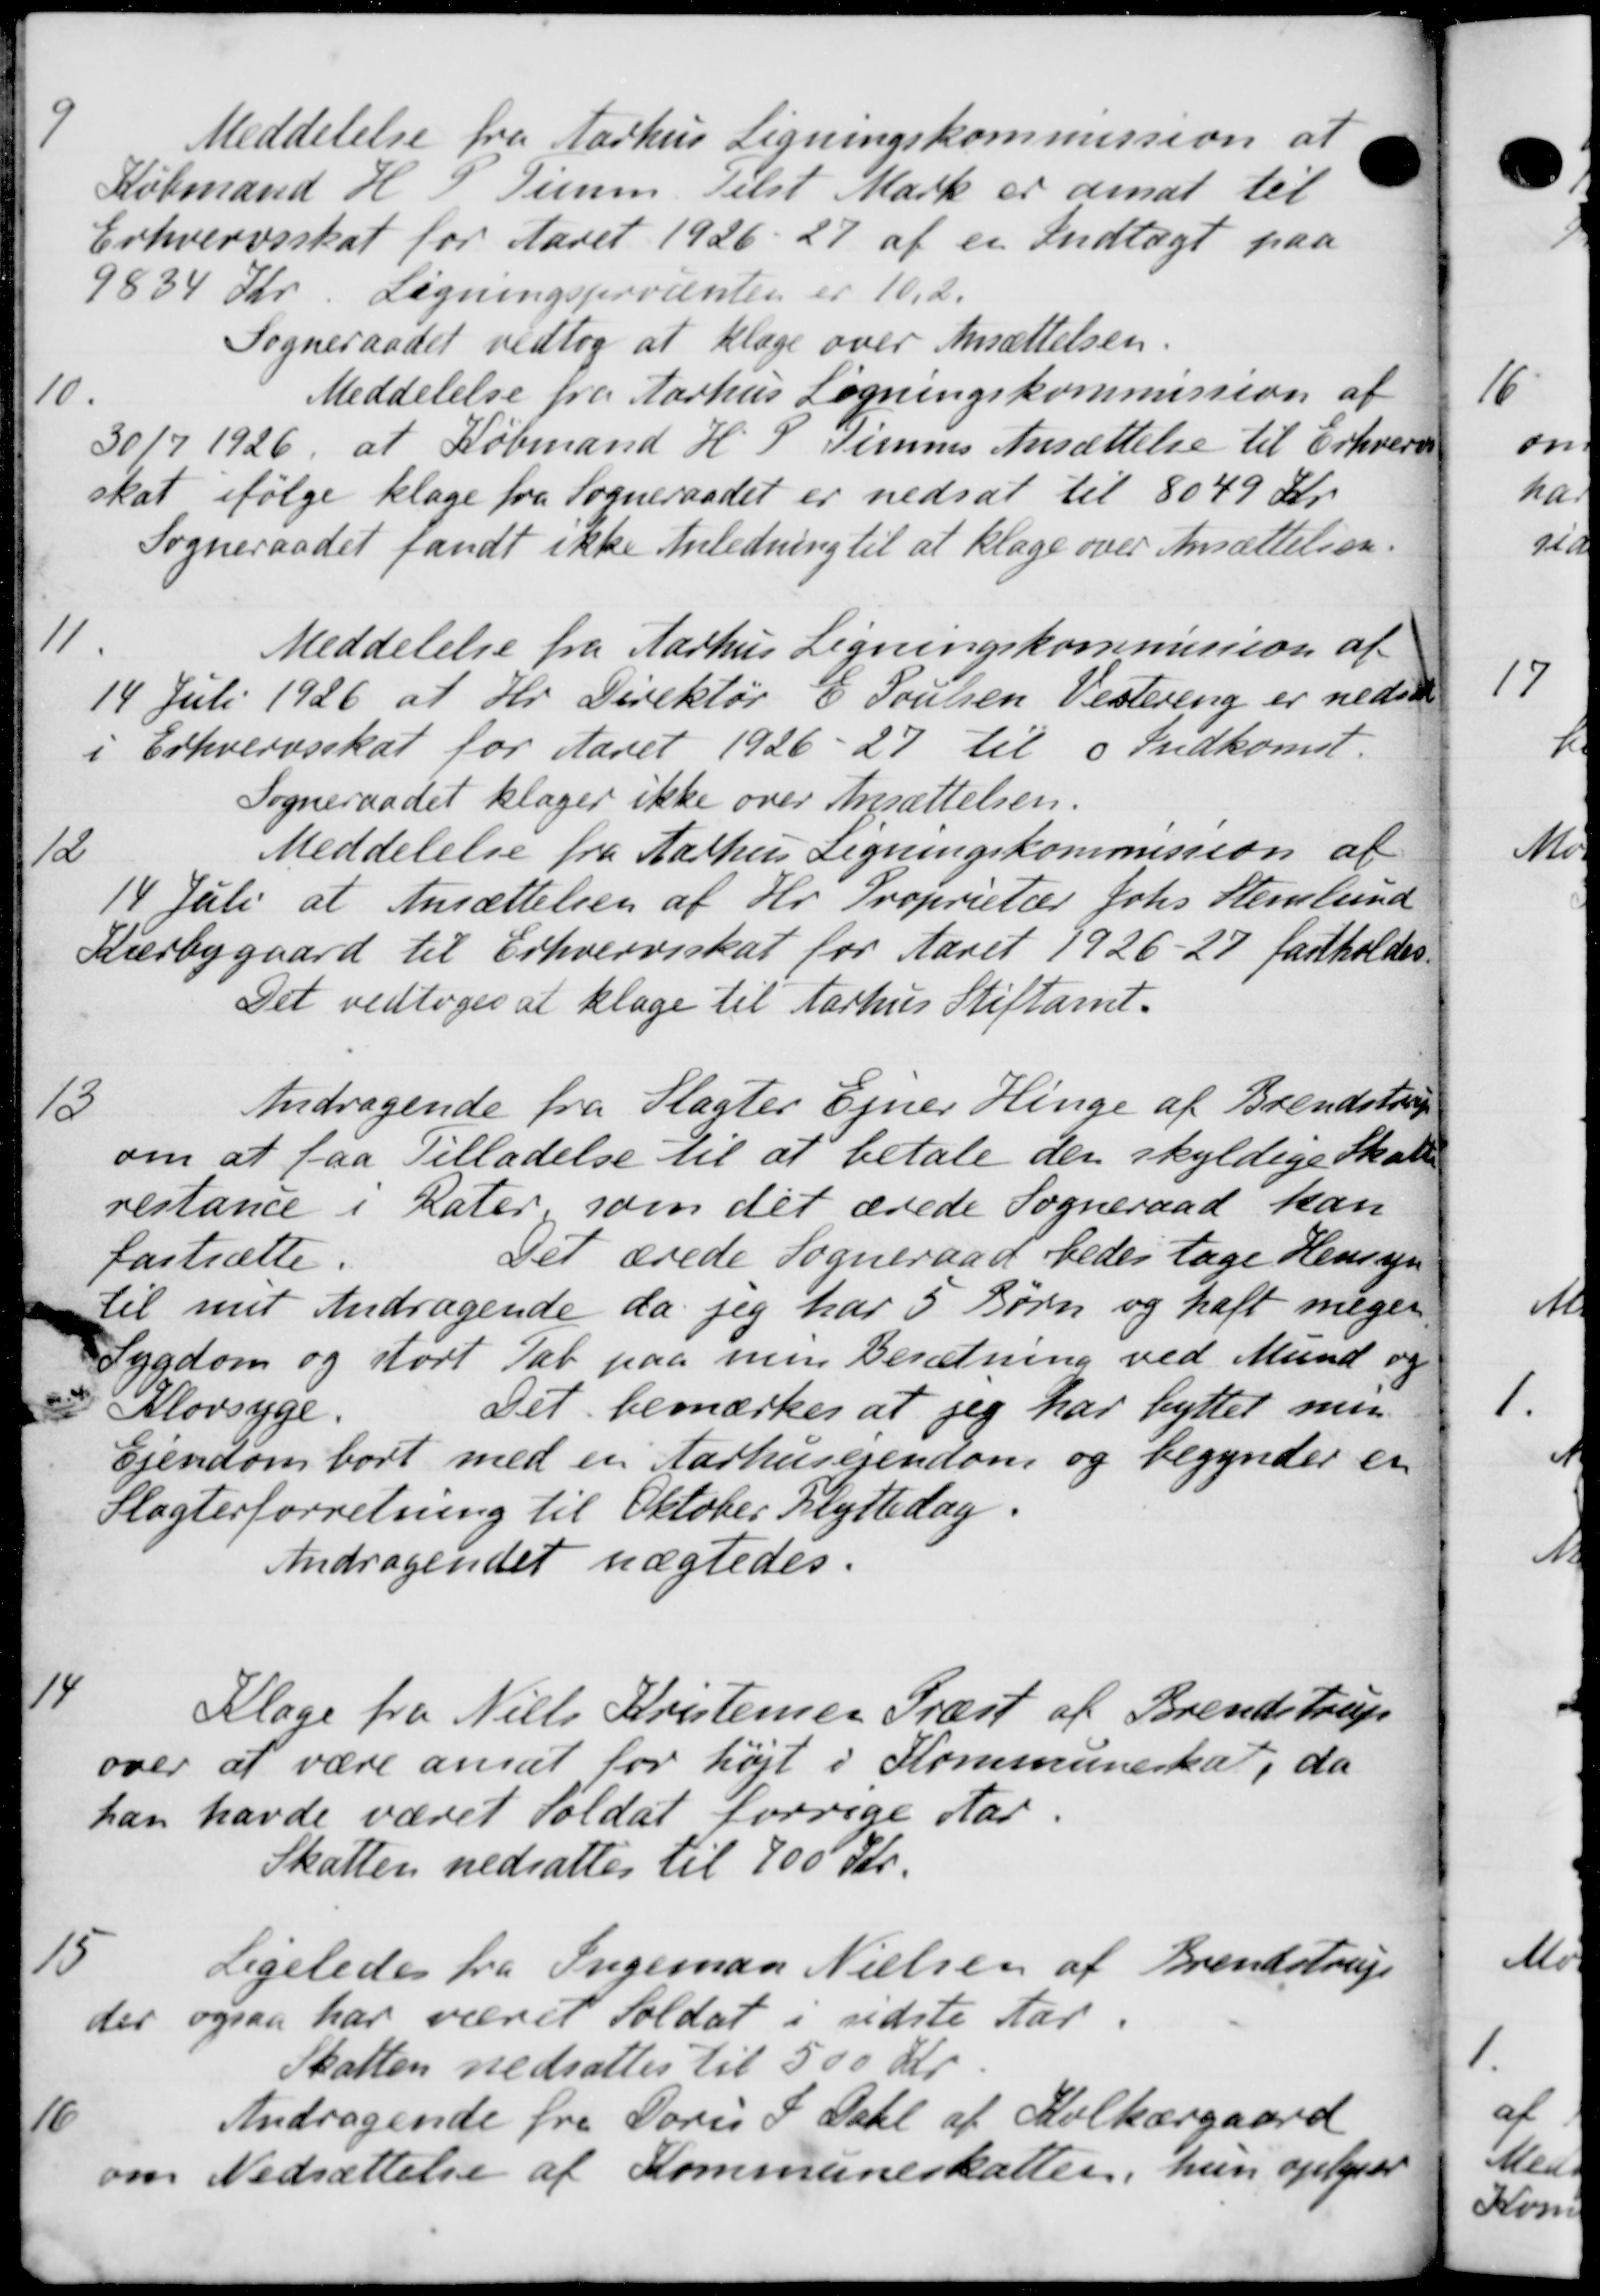
Transskription:
Meddelelse fra Aarhus Ligningskommission at
Købmand H. P. Timm Telst Mark er ansat til
Erhvervsskat for Aaret 1926 - 27 af en Indtægt paa
9834 Kr. Lægningsprocenten er 10,2.
Sogneraadet vedtog at klage over Ansættelsen.
10.
Meddelelse fra Aarhus Ligningskommission af
30/7 1926, at Købmand H. P. Timmes Ansættelse til Erhvervs
skat ifølge klage fra Sogneraadet er nedsat til 8049 Kr.
Sogneraadet fandt ikke Anledning til at klage over Ansættelsen.
11
Meddelelse fra Aarhus Ligningskommission af
14 Juli 1926 af Hr. Direktør E. Poulsen Vestering er nedsæt
i Erhvervsskat for Aaret 1926-27 til Indkomst.
Sogneraadet klager ikke over Ansættelsen.
Meddelelse fra Aarhus Ligningskommission af
12
14 Juli at Ansættelsen af Hr. Proprietær Johs. Stenlund
Kærbygaard til Erhvervsskat for Aaret 1926-27 fastholdes
Det vedtoges at klage til Aarhus Stiftamt.
13
Andragende fra Slagter Ejner Hinge af Brendstrup
om at faa Tilladelse til at betale der skyldige Skatt
restance i Rater, som det ærede Sogneraad kan
fastsætte.
Tet ærede Sogneraad bedes tage Hensyn
til mit Andragende da jeg har 5 Børn og haft megen
Sygdom og stort Tab paa men Besætning ved Mund og
Klovsyge.
Det bemærkes at jeg har byttet men
Ejendom bort med en Aarhusejendom og begynder er
Slagterforretning til Oktober Flyttedag.
Andragendet nægtedes.
14
Klage fra Niels Kristensen Præst af Brendstrup
over at være ansat for højt i Kommuneskat, da
han havde været Soldat forrige Aar.
Skatten nedsattes til 700 Kr.
15
Ligeledes fra Ingeman Nielsen af Brendstrup
der ogsaa har været Soldat i sidste Aar.
Skatten nedsattes til 500 Kr.
16
Andragende fra Doris P. Dahl af Holkærgaard
om Nedsættelse af Kommuneskatter, hun oplyser

A
1.
af
Men d
Kom